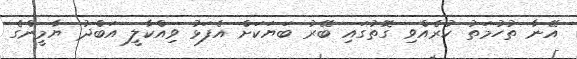
އޭނާ ތުހުމަތު ކުރެއްވި ގޮތުގައި ބޭރު ބަޔަކަށް އެފަޅު ވިއްކާލީ އަބްދު ޔާމީންގެ